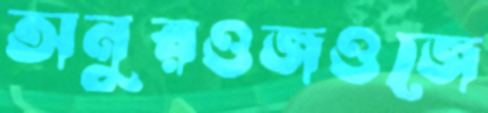
অনুরওজওজে